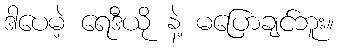
ဒါပေမဲ့ ရေဒီယို နဲ့ မပြောချင်ဘူး။